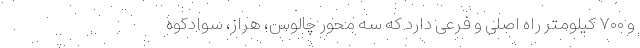
و ۷۰۰ کیلومتر راه اصلی و فرعی دارد که سه محور چالوس، هراز، سوادکوه